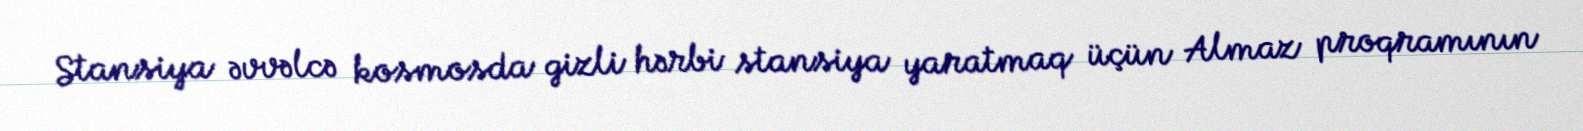
Stansiya əvvəlcə kosmosda gizli hərbi stansiya yaratmaq üçün Almaz proqramının